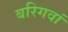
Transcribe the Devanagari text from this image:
बरिगवां